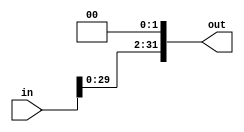
module lefttwo(input [31:0] in, output reg [31:0] out);
always @(*)
begin
	out[31:2]=in[29:0];
	out[1]=0;
	out[0]=0;
end
endmodule